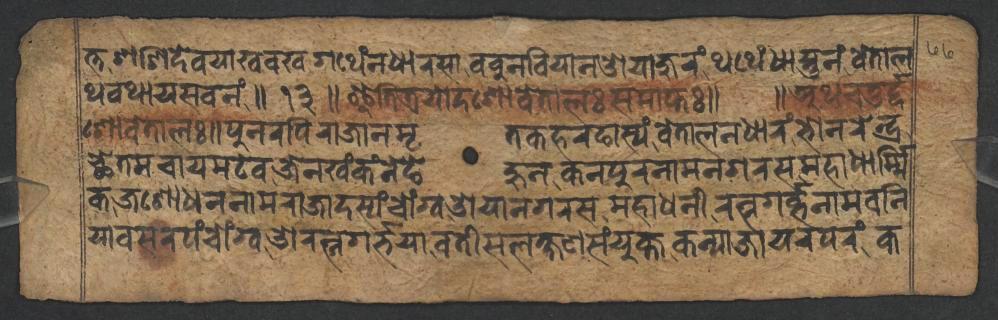
𑐟𑑂𑐟𑐱𑐱𑐶𑐡𑐾𑐰𑐫𑐵𑐏𑐰𑐏𑐐𑐠𑐾𑑄𑐣𑐢𑐵𑐬𑐳𑐵𑐧𑐧𑐸𑐣𑐧𑐶𑐫𑐵𑐣𑐌𑐫𑐵𑐖𑐸𑐬𑑄𑐠𑐠𑐾𑑄𑐢𑐵𑐳𑑂𑐟𑐸𑐣𑑄𑐰𑐾𑐟𑐵𑐮 𑐠𑐰𑐠𑐵𑐫𑐳𑐰𑐣𑑄𑑌𑑑𑑓𑑌𑐂𑐟𑐶𑐟𑑂𑐬𑐫𑑀𑐡𑐱𑑀𑐰𑐾𑐟𑐵𑐮𑑅𑐳𑐩𑐵𑐥𑑂𑐟𑑅𑑌 𑑌𑐀𑐠𑐔𑐟𑐸𑐬𑑂𑐡𑑂𑐡 𑐱𑑀𑐰𑐾𑐟𑐵𑐮𑑅𑑌𑐥𑐸𑐣𑐬𑐥𑐶𑐬𑐵𑐖𑐵𑐣𑐩𑐺𑐟𑐎𑐴𑐬𑐒𑐵𑐳𑑂𑐫𑑄𑐰𑐾𑐟𑐵𑐮𑐣𑐢𑐵𑐬𑑄𑐨𑑀𑐣𑐬𑐾𑐣𑑂𑐡𑑂𑐬 𑐕𑐾𑐟𑐩𑐔𑐵𑐫𑐩𑐚𑐾𑐰𑐖𑐾𑐣𑐏𑑄𑐎𑑄𑐣𑐾𑐒𑐾𑐴𑐸𑐣𑐎𑐣𑐥𑐸𑐬𑐣𑐵𑐩𑐣𑐐𑐬𑐳𑐩𑐴𑐵𑐢𑐵𑐬𑑂𑐩𑑂𑐩𑐶 𑐎𑐖𑐱𑑀𑐢𑐣𑐣𑐵𑐩𑐬𑐵𑐖𑐵𑐡𑐳𑑂𑐫𑑄𑐔𑑀𑑄𑐐𑑂𑐰𑐌𑐫𑐵𑐣𑐐𑐬𑐳𑐩𑐴𑐵𑐢𑐣𑐷𑐬𑐟𑑂𑐣𑐐𑐬𑑂𑐧𑑂𑐨𑐣𑐵𑐩𑐧𑐣𑐶 𑐫𑐵𑐧𑐳𑐬𑐥𑑄𑐔𑑀𑑄𑐐𑑂𑐰𑐌𑐬𑐟𑑂𑐣𑐐𑐬𑑂𑐨𑐫𑐵𑐧𑐟𑐷𑐳𑐮𑐎𑑂𑐲𑐞𑐳𑑄𑐫𑐸𑐎𑑂𑐟𑐎𑐣𑑂𑐫𑐵𑐖𑐵𑐫𑐬𑐥𑐬𑑄𑐎